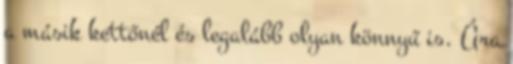
a másik kettőnél és legalább olyan könnyű is. Ára